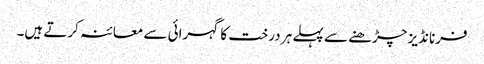
فرنانڈیز چڑھنے سے پہلے ہر درخت کا گہرائی سے معائنہ کرتے ہیں۔